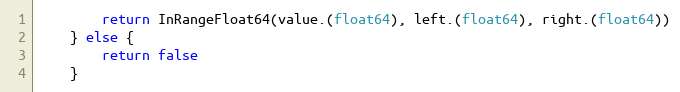
Language: Go
		return InRangeFloat64(value.(float64), left.(float64), right.(float64))
	} else {
		return false
	}